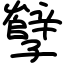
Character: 孼